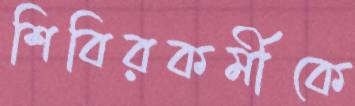
শিবিরকর্মীকে